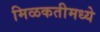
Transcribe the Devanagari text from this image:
मिळकतीमध्ये